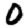
Digit: 0